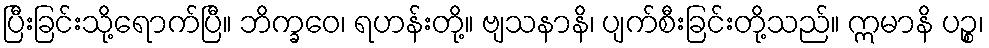
ပြီးခြင်းသို့ရောက်ပြီ။ ဘိက္ခဝေ၊ ရဟန်းတို့။ ဗျသနာနိ၊ ပျက်စီးခြင်းတို့သည်။ ဣမာနိ ပဉ္စ၊